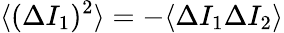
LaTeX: \langle(\Delta I_{1})^{2}\rangle=-\langle\Delta I_{1}\Delta I_{2}\rangle